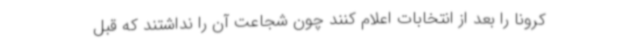
کرونا را بعد از انتخابات اعلام کنند چون شجاعت آن را نداشتند که قبل